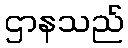
ဌာနသည်